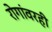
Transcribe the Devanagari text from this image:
रोगांवरही